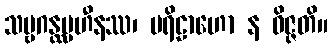
သဗ္ဗဂန္ထပ္ပဟီနဿ၊ ပရိဠာဟော န ဝိဇ္ဇတိ။